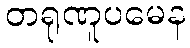
တရုဏူပမေန